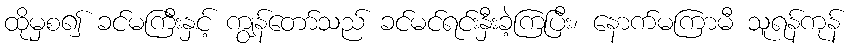
ထိုမှစ၍ ခင်မကြီးနှင့် ကျွန်တော်သည် ခင်မင်ရင်းနှီးခဲ့ကြပြီး၊ နောက်မကြာမီ သူရန်ကုန်